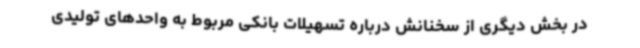
در بخش دیگری از سخنانش درباره تسهیلات بانکی مربوط به واحدهای تولیدی